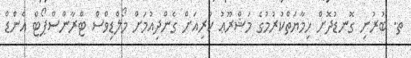
ތ. ބުރުނި ގޮނޑުދޮށް ހިމާޔަތްކުރުމުގެ މަޝްރޫޢު ކުރިއަށް ގެންދިއުމަށް މޯލްޑިވްސް ޓްރާންސްޕޯޓް އެންޑް